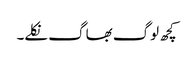
کچھ لوگ بھاگ نکلے۔